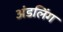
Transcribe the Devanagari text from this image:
अंडलिंग